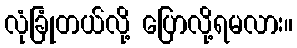
လုံခြုံတယ်လို့ ပြောလို့ရမလား။